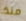
منذ